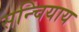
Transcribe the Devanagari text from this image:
सन्चियाय